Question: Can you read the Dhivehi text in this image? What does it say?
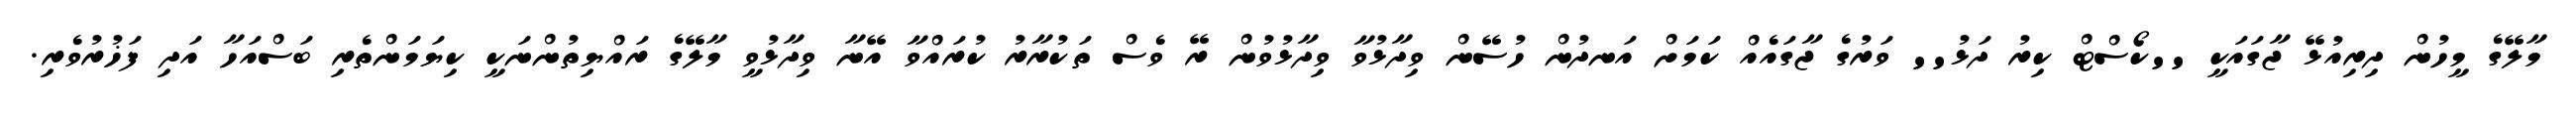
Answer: މާލޭގެ މީހުން ދިރިއުޅޭ ޖާގައަކީ ''ކޯސްޓް ކިރު ދަޅު'' ވަރުގެ ޖާގައެއް ކަމަށް އަނދުން ހުސޭން ވިދާޅުވާ ވިދާޅުވުން ރޭ ވެސް ތަކުރާރު ކުރައްވާ އޭނާ ވިދާޅުވީ މާލޭގެ ރައްޔިތުންނަކީ ކިޔަމަންތެރި ބަސްއަހާ އަދި ފަޚުރުވެރި.